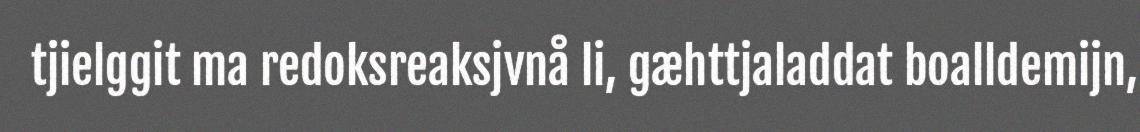
tjielggit ma redoksreaksjvnå li, gæhttjaladdat boalldemijn,